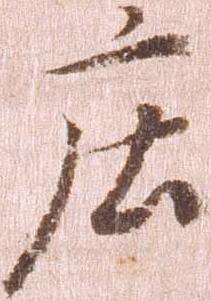
庄